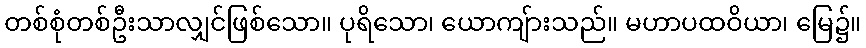
တစ်စုံတစ်ဦးသာလျှင်ဖြစ်သော။ ပုရိသော၊ ယောကျ်ားသည်။ မဟာပထဝိယာ၊ မြေ၌။